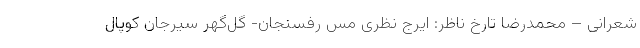
شعرانی – محمدرضا تارخ ناظر: ایرج نظری مس رفسنجان- گل‌گهر سیرجان کوپال